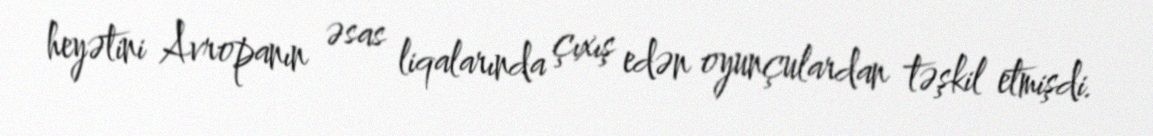
heyətini Avropanın əsas liqalarında çıxış edən oyunçulardan təşkil etmişdi.